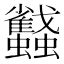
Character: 蠽